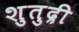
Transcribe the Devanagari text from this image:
शुतुद्री